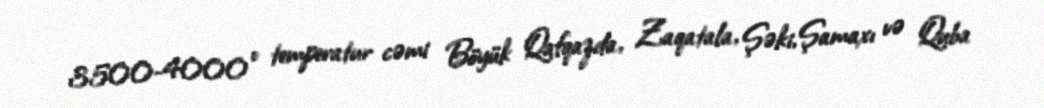
3500-4000° temperatur cəmi Böyük Qafqazda, Zaqatala, Şəki, Şamaxı və Quba